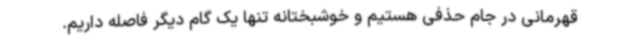
قهرمانی در جام حذفی هستیم و خوشبختانه تنها یک گام دیگر فاصله داریم.